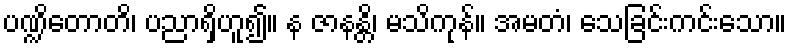
ပဏ္ဍိတောတိ၊ ပညာရှိဟူ၍။ န ဇာနန္တိ၊ မသိကုန်။ အမတံ၊ သေခြင်းကင်းသော။